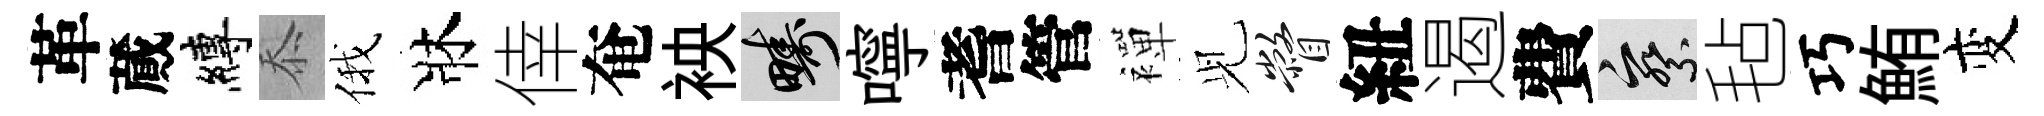
革蕆縛忝俄牀倖奄䘧疇嚀耆管襌𫤗瞥紐遏費察毡巧鮪变